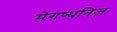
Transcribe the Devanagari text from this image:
मेगष्थनिज़